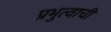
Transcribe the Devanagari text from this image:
प्रभुत्वाची